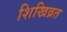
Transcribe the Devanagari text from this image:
शिखिव्रत